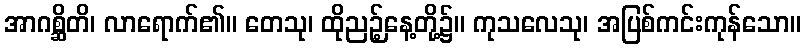
အာဂစ္ဆိတိ၊ လာရောက်၏။ တေသု၊ ထိုညဉ့်နေ့တို့၌။ ကုသလေသု၊ အပြစ်ကင်းကုန်သော။